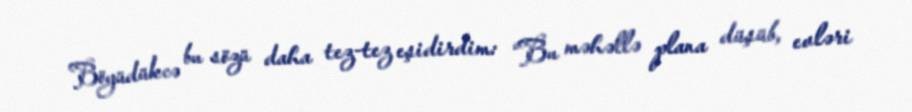
Böyüdükcə bu sözü daha tez-tez eşidirdim: “Bu məhəllə plana düşüb, evləri